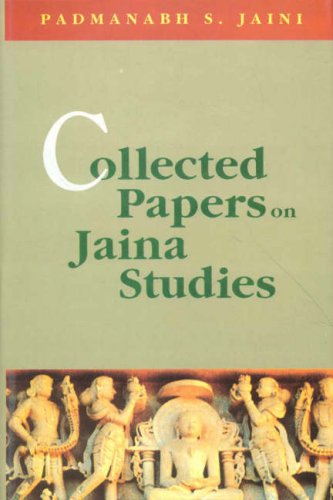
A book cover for Collected Papers on Jaina Studies; Padmanabh S. Jaini; Religion & Spirituality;